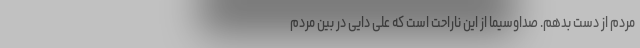
مردم از دست بدهم. صداوسیما از این ناراحت است که علی دایی در بین مردم